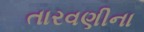
તારવણીના